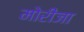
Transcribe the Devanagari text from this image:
मोरीजा